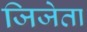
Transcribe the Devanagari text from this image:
जिजेता